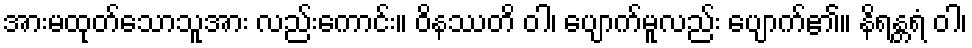
အားမထုတ်သောသူအား လည်းကောင်း။ ဝိနဿတိ ဝါ၊ ပျောက်မူလည်း ပျောက်၏။ နိရန္တရံ ဝါ၊